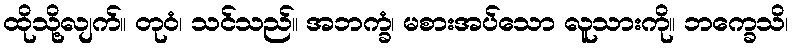
ထိုသို့လျက်။ တုဝံ၊ သင်သည်။ အဘက္ခံ၊ မစားအပ်သော လူသားကို။ ဘက္ခေသိ၊